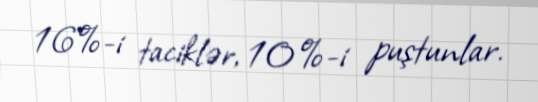
16%-i taciklər, 10%-i puştunlar.